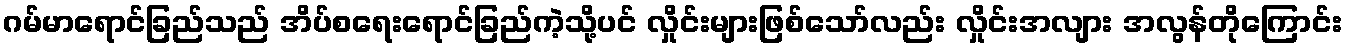
ဂမ်မာရောင်ခြည်သည် အိပ်စရေးရောင်ခြည်ကဲ့သို့ပင် လှိုင်းများဖြစ်သော်လည်း လှိုင်းအလျား အလွန်တိုကြောင်း